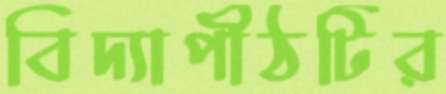
বিদ্যাপীঠটির